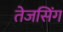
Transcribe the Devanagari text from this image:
तेजसिंग